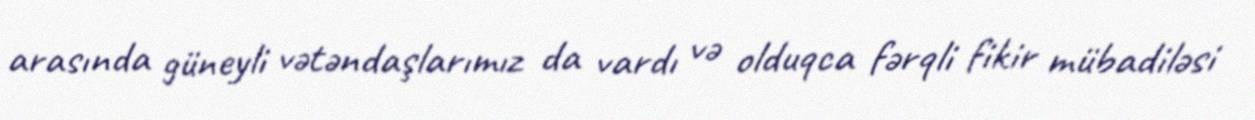
arasında güneyli vətəndaşlarımız da vardı və olduqca fərqli fikir mübadiləsi